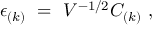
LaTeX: \epsilon _ { ( k ) } ~ = ~ V ^ { - 1 / 2 } { \cal C } _ { ( k ) } \ ,